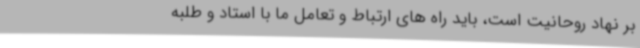
بر نهاد روحانیت است، باید راه های ارتباط و تعامل ما با استاد و طلبه